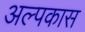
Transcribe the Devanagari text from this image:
अल्पकास